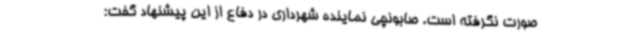
صورت نگرفته است. صابونچی نماینده شهرداری در دفاع از این پیشنهاد گفت: